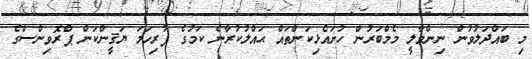
މި ބައްދަލުވުން ނިންމާލީ މެމްބަރުން ހުށައެޅިކަންތައް ޙައްލުކުރާނެ ކަމުގެ ފުރިހަމަ ޔަޤީންކަން ޕްރޮވިންސްގެ